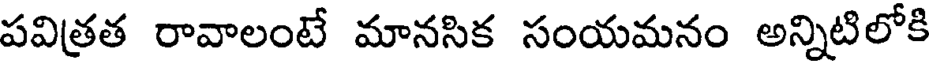
పవిత్రత రావాలంటే మానసిక సంయమనం అన్నిటిలోకి